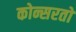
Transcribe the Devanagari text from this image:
कोन्सरतो